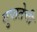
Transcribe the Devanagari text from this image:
गुप्ततेची